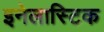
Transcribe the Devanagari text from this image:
इनेलास्टिक